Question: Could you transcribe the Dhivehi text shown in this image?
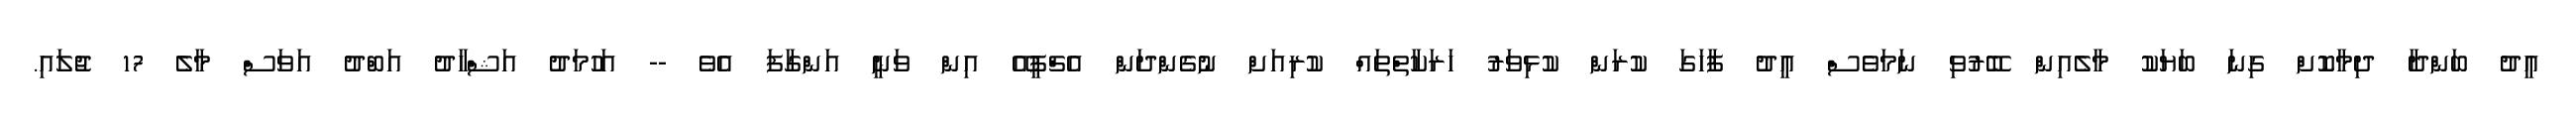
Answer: އީދު ބަންދާ ދިމާކޮށް ގިނަ ބަޔަކު މާލެއިން ބޭރުވި ނަމަވެސް އީދު ފާހަގަ ކުރަން ކުޅިވަރު ހަރަކާތްތައް ކުރިއަށް ނުގެންދަން އެޗްޕީއޭ އިން ވަނީ އަންގާފަ އެވެ -- އަހުމަދު އަޝްހާދު އަބްދު އަވަސް މާލެ 17 ޖުލައި.